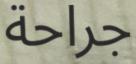
جراحة